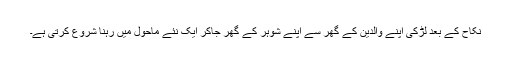
نکاح کے بعد لڑکی اپنے والدین کے گھر سے اپنے شوہر کے گھر جاکر ایک نئے ماحول میں رہنا شروع کرتی ہے۔